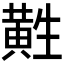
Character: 𱋲